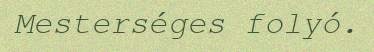
Mesterséges folyó.